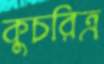
কুচরিত্র